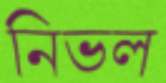
নিভল